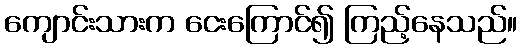
ကျောင်းသားက ငေးကြောင်၍ ကြည့်နေသည်။